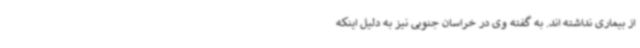
از بیماری نداشته اند. به گفته وی در خراسان جنوبی نیز به دلیل اینکه